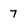
Character: 7